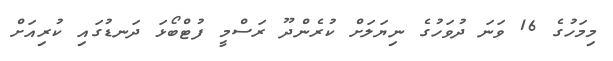
މިމަހުގެ 16 ވަނަ ދުވަހުގެ ނިޔަލަށް ކުރެންދޫ ރަސްމީ ފުޓްބޯޅަ ދަނޑުގައި ކުރިއަށް